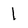
Character: l